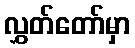
လွှတ်တော်မှာ